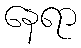
နေရာ